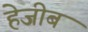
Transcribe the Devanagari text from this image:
हेजीब